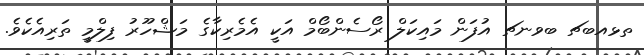
ތޅއބޗ ބވނޗ އުފަން މައިކަލް ރޯސެންބޯމް އަކީ އެމެރިކާގެ މަޝްހޫރު ފިލްމީ ތަރިއެކެވެ.